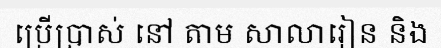
ប្រើប្រាស់ នៅ តាម សាលារៀន និង